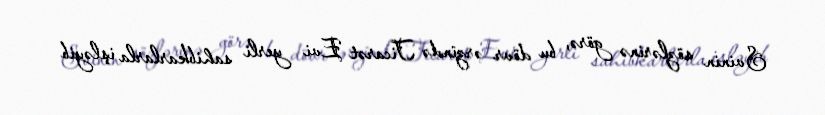
Svinin sözlərinə görə, bu dövr ərzində Ticarət Evi yerli sahibkarlarla işləyib